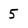
Character: 5